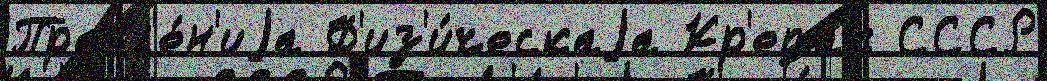
Правл'е́н'иjа Ф'из'и́ческаjа Кр'епак СССР